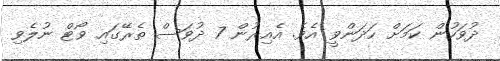
ދުވަހުން ކަމަށް ހަދަންވީ އެވެ. އެއިރުން 7 ދުވަސް ތެރޭގައި ވޯޓް ނުލެވި